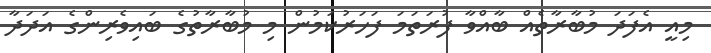
މިއީ އެފަދަ މުބާރާތެއް ބާއްވާ ފުރަތަމަ ފަހަރުކަމުން މި މުބާރާތުގެ ބައިވެރިންގެ އަދަދާ